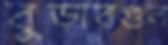
বুড়ারগুল